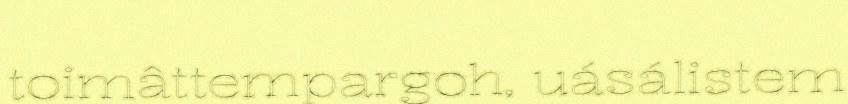
toimâttempargoh, uásálistem